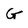
Character: G